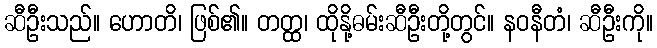
ဆီဦးသည်။ ဟောတိ၊ ဖြစ်၏။ တတ္ထ၊ ထိုနို့ဓမ်းဆီဦးတို့တွင်။ နဝနီတံ၊ ဆီဦးကို။